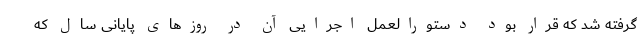
گرفته شد که قرار بود دستورالعمل اجرایی آن در روزهای پایانی سال که